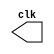
// ------------------------- 
// Exemplo0041 - F4 
// Nome: Roger Rubens Machado
// ------------------------- 

// ---------------------------
// -- test clock generator (1)
// ---------------------------
module clock ( clk );
output clk;
reg clk;
initial
begin
clk = 1'b0;
end
always
begin
#12 clk = ~clk;
end
endmodule // clock ( )
module Exemplo0041;
wire clk;
clock CLK1 ( clk );
initial begin
$dumpfile ( "Exemplo041.vcd" );
$dumpvars;
#120 $finish;
end
endmodule // Exemplo041 ( )